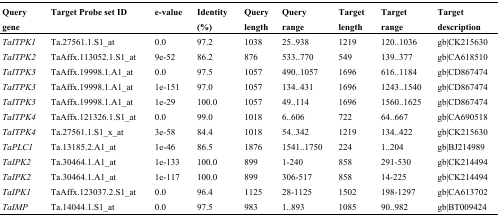
| Query gene | Target Probe set ID | e-value | Identity (%) | Query length | Query range | Target length | Target range | Target description |
 | --- | --- | --- | --- | --- | --- | --- | --- | --- |
 | TaITPK1 | Ta.27561.1.S1_at | 0.0 | 97.2 | 1038 | 25..938 | 1219 | 120..1036 | gb|CK215630 |
 | TaITPK2 | TaAffx.113052.1.S1_at | 9e-52 | 86.2 | 876 | 533..770 | 549 | 139..377 | gb|CA618510 |
 | TaITPK3 | TaAffx.19998.1.A1_at | 0.0 | 97.5 | 1057 | 490..1057 | 1696 | 616..1184 | gb|CD867474 |
 | TaITPK3 | TaAffx.19998.1.A1_at | 1e-151 | 97.0 | 1057 | 134..431 | 1696 | 1243..1540 | gb|CD867474 |
 | TaITPK3 | TaAffx.19998.1.A1_at | 1e-29 | 100.0 | 1057 | 49..114 | 1696 | 1560..1625 | gb|CD867474 |
 | TaITPK4 | TaAffx.121326.1.S1_at | 0.0 | 99.0 | 1018 | 6..606 | 722 | 64..667 | gb|CA690518 |
 | TaITPK4 | Ta.27561.1.S1_x_at | 3e-58 | 84.4 | 1018 | 54..342 | 1219 | 134..422 | gb|CK215630 |
 | TaPLC1 | Ta.13185.2.A1_at | 1e-46 | 86.5 | 1876 | 1541..1750 | 224 | 1..204 | gb|BJ214989 |
 | TaIPK2 | Ta.30464.1.A1_at | 1e-133 | 100.0 | 899 | 1-240 | 858 | 291-530 | gb|CK214494 |
 | TaIPK2 | Ta.30464.1.A1_at | 1e-117 | 100.0 | 899 | 306-517 | 858 | 14-225 | gb|CK214494 |
 | TaIPK1 | TaAffx.123037.2.S1_at | 0.0 | 96.4 | 1125 | 28-1125 | 1502 | 198-1297 | gb|CA613702 |
 | TaIMP | Ta.14044.1.S1_at | 0.0 | 97.5 | 983 | 1..893 | 1085 | 90..982 | gb|BT009424 |